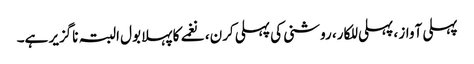
پہلی آواز ، پہلی للکار، روشنی کی پہلی کرن، نغمے کا پہلا بول البتہ ناگزیر ہے۔